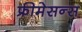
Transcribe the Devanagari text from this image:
फ्रीमेसन्स